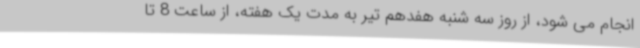
انجام می شود، از روز سه شنبه هفدهم تیر به مدت یک هفته، از ساعت 8 تا